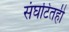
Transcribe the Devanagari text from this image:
संघटितही